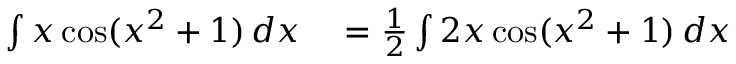
\begin{array} { r l } { \int x \cos ( x ^ { 2 } + 1 ) \, d x } & { { } = { \frac { 1 } { 2 } } \int 2 x \cos ( x ^ { 2 } + 1 ) \, d x } \end{array}